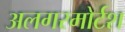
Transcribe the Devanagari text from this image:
अलगरमोर्टश